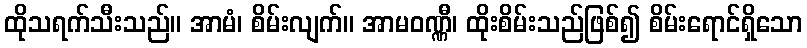
ထိုသရက်သီးသည်။ အာမံ၊ စိမ်းလျက်။ အာမဝဏ္ဏီ၊ ထိုးစိမ်းသည်ဖြစ်၍ စိမ်းရောင်ရှိသော